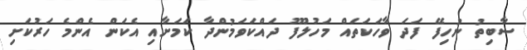
ސާބިތު ނުހިފޭ ފަދަ ވާހަކަތައް މަހުލޫފު ދައްކަވަމުންދާ ކަމަށާއި އެކަން އެންމެ ހަރުކަށި